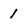
Character: 1